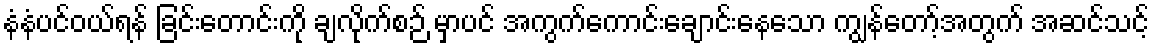
နံနံပင်ဝယ်ရန် ခြင်းတောင်းကို ချလိုက်စဉ် မှာပင် အကွက်ကောင်းချောင်းနေသော ကျွန်တော့်အတွက် အဆင်သင့်